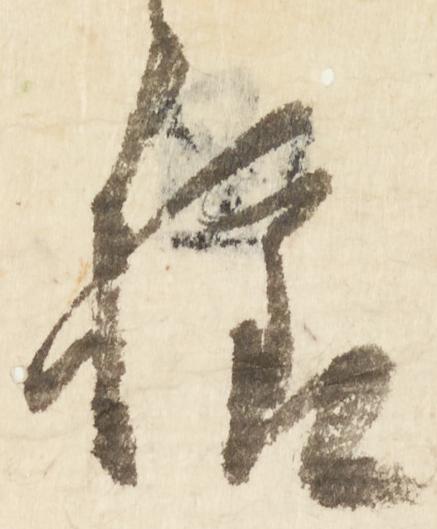
様